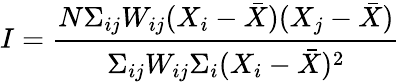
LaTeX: I=\frac{N\Sigma_{ij}W_{ij}(X_{i}-\bar{X})(X_{j}-\bar{X})}{\Sigma_{ij}W_{ij}\Sigma_{i}(X_{i}-\bar{X})^{2}}